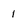
Character: 1